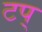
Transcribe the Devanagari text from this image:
टप्